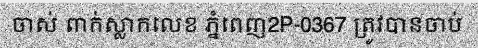
ចាស់ ពាក់ស្លាកលេខ ភ្នំពេញ2P-0367 ត្រូវបានចាប់